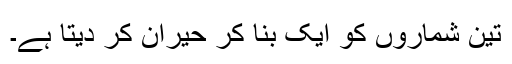
تین شماروں کو ایک بنا کر حیران کر دیتا ہے۔